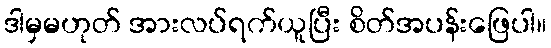
ဒါမှမဟုတ် အားလပ်ရက်ယူပြီး စိတ်အပန်းဖြေပါ။